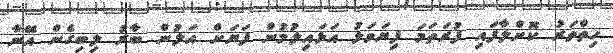
ހިތްވަރު ކޮށްލާފައި ފުރަތަމަ ފިޔަވަޅު އަޅައިލުމުން ފަޔަށް އަލުން ބާރު ލިބިގެން އޭނާ